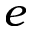
e